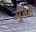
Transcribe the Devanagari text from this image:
मुडदे